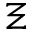
\Xi